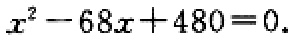
\(x^{2}-68x + 480 = 0\)